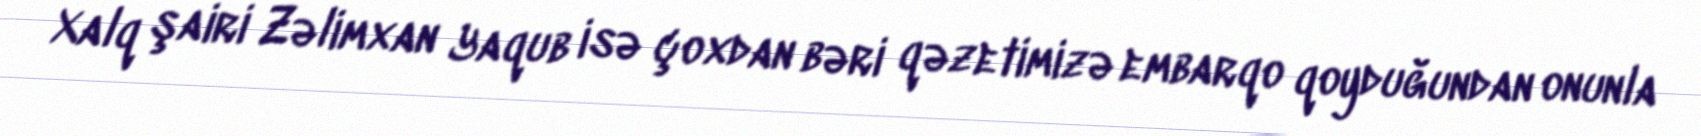
Xalq şairi Zəlimxan Yaqub isə çoxdan bəri qəzetimizə embarqo qoyduğundan onunla